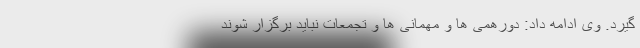
گیرد. وی ادامه داد: دورهمی ها و مهمانی ها و تجمعات نباید برگزار شوند